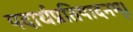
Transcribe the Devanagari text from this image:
पदार्थप्रतिपादनम्।